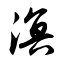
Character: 溟